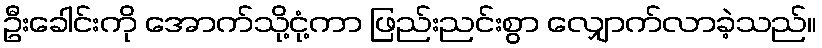
ဦးခေါင်းကို အောက်သို့ငုံ့ကာ ဖြည်းညင်းစွာ လျှောက်လာခဲ့သည်။